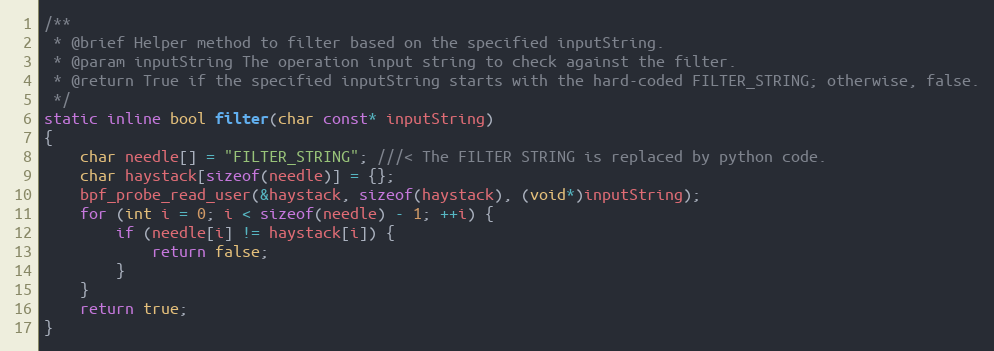
Language: C
/**
 * @brief Helper method to filter based on the specified inputString.
 * @param inputString The operation input string to check against the filter.
 * @return True if the specified inputString starts with the hard-coded FILTER_STRING; otherwise, false.
 */
static inline bool filter(char const* inputString)
{
    char needle[] = "FILTER_STRING"; ///< The FILTER STRING is replaced by python code.
    char haystack[sizeof(needle)] = {};
    bpf_probe_read_user(&haystack, sizeof(haystack), (void*)inputString);
    for (int i = 0; i < sizeof(needle) - 1; ++i) {
        if (needle[i] != haystack[i]) {
            return false;
        }
    }
    return true;
}